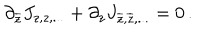
LaTeX: \partial _ { \overline { { { z } } } } J _ { z , z , . . . } + \partial _ { z } J _ { \overline { { { z } } } , \overline { { { z } } } , . . . } = 0 \, .